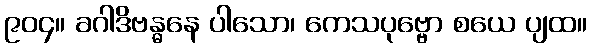
၉၀၄။ ခဂါဒိဗန္ဓနေ ပါသော၊ ကေသပုဗ္ဗော စယေ ပျထ။